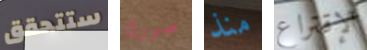
ستتحقق صورك منذ الإقتراع